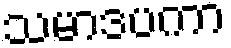
သမာဒပကာ